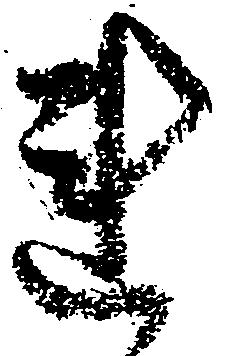
れ